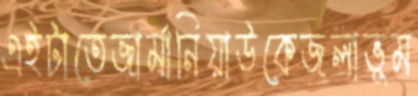
এইটাতেজার্মানিয়াউকেজলাভূম